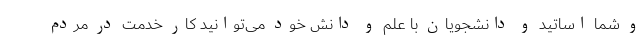
و شما اساتید و دانشجویان با علم و دانش خود می‌توانید کار خدمت در مردم